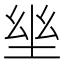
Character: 𡋢